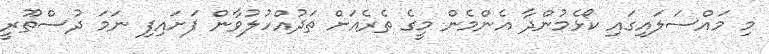
މި މައްސަލައިގައި ކޯޅެމުންދާ އެންމެން މީގެ ތެރެއަށް ތަދުއްހުލުވާން ފަށައިފި ނަމަ ދުސްތޫރީ